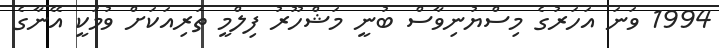
1994 ވަނަ އަހަރުގެ މިސްޔުނިވާސް ބުނީ މަޝްހޫރު ފިލްމީ ތަރިއަކަށް ވުމަކީ އޭނާގެ